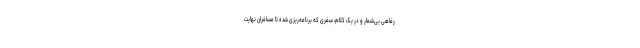
رفاهی بی‌شمار و در یک کلام، سفری که برنامه‌ریزی شده تا مسافران نهایت